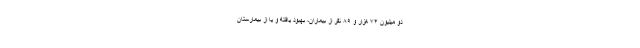
دو میلیون ۷۴ هزار و ۸۹ نفر از بیماران، بهبود یافته و یا از بیمارستان